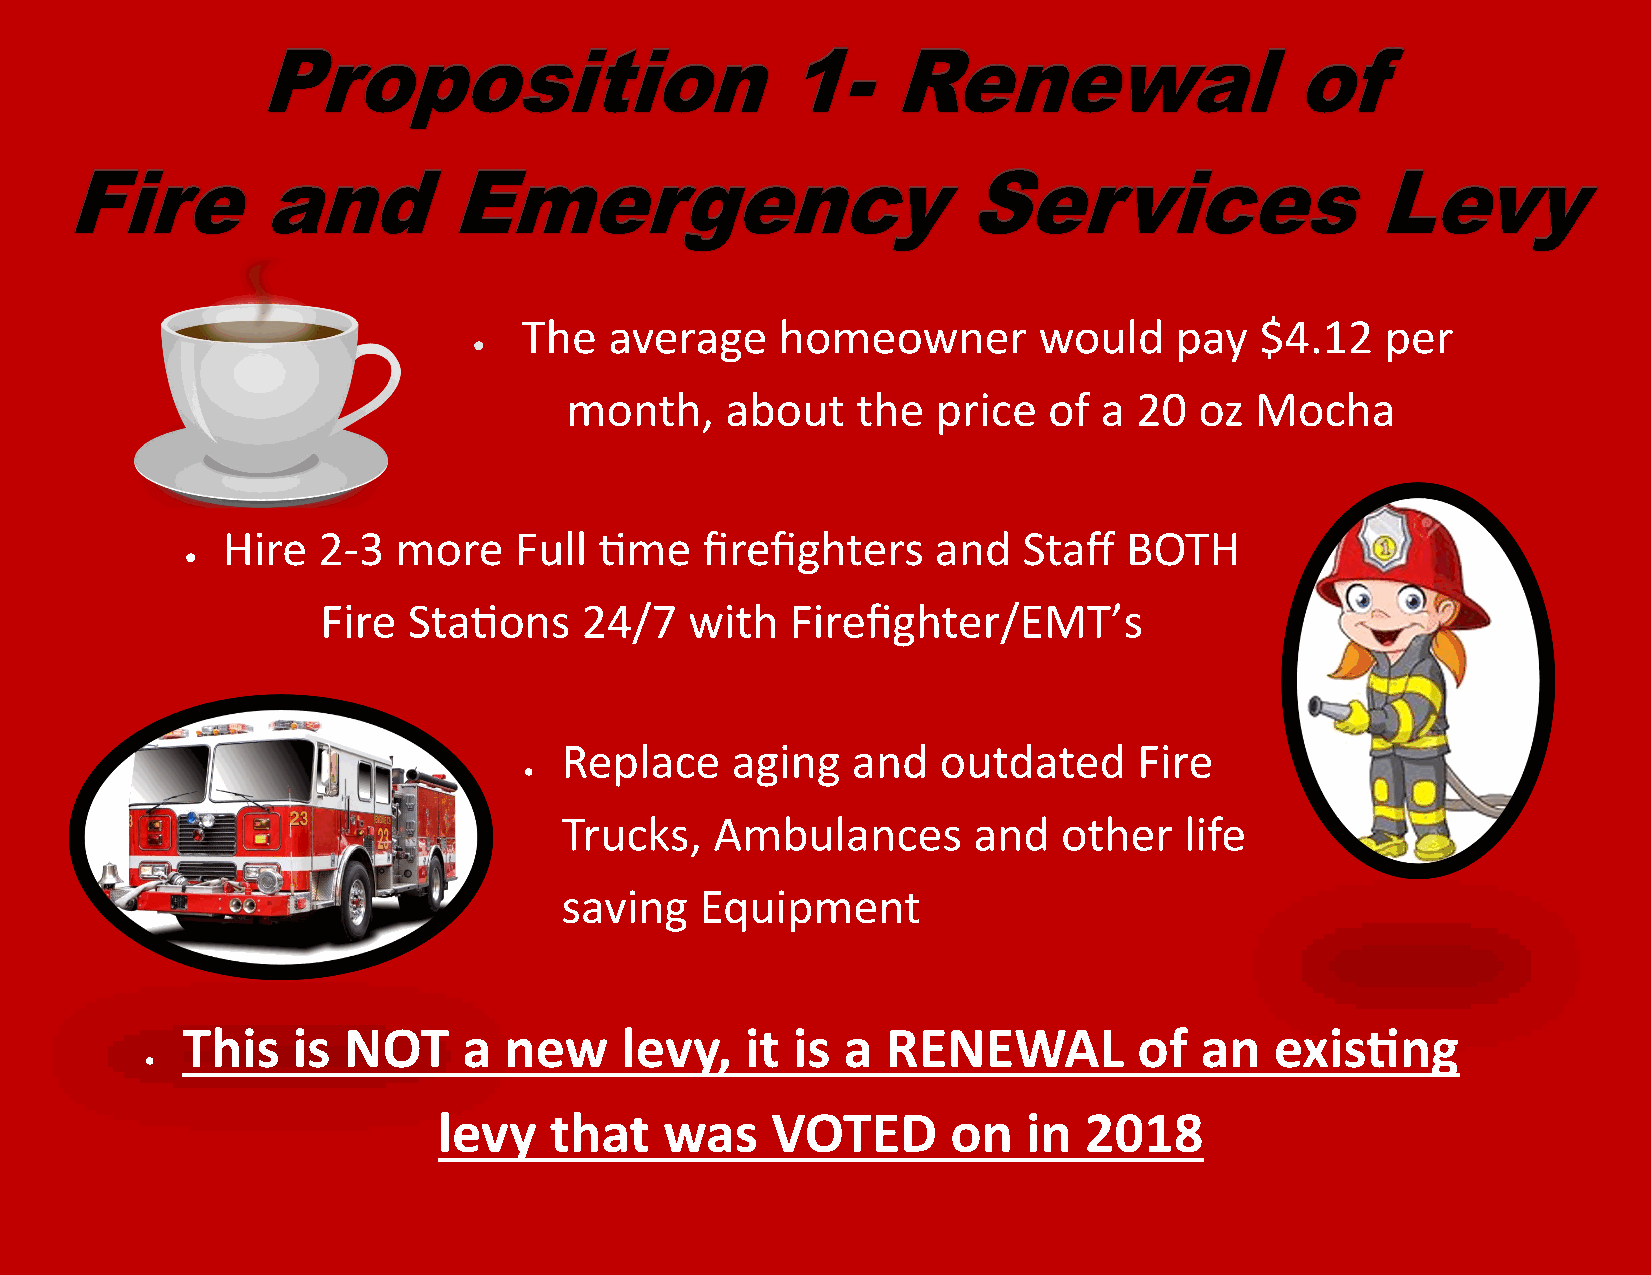
The   average     homeowner        would    pay  $4.12    per
 
 month,     about    the  price  of  a 20  oz  Mocha
 Hire  2-3  more    Full  time  firefighters    and   Staff  BOTH
 
 Fire  Stations   24/7    with  Firefighter/EMT’s
 Replace    aging   and   outdated     Fire
 
 Trucks,   Ambulances       and   other   life
 saving   Equipment
 This   is  NOT     a new     levy,   it is  a  RENEWAL         of  an   existing
 
 levy   that    was    VOTED       on   in  2018